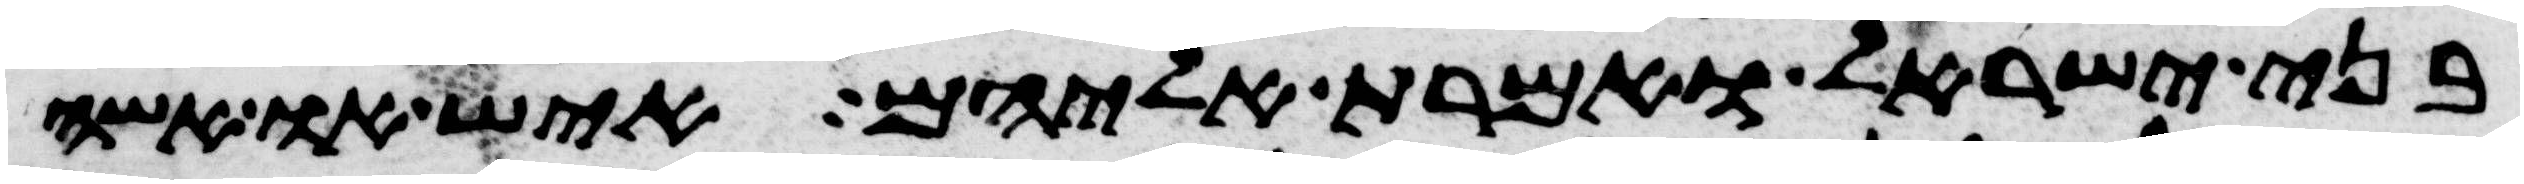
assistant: בני ישראל ואמרת אליהם איש או אשה